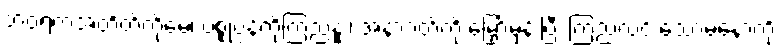
ဘဝရဲကအတိတ်ကိုမေ့၊ ပစ္စုပ္ပန်ကိုကြည်နူး၊ အနာဂတ်ကို မြှော်မှန်းပြီး ကြည်လင် သောမနောကို